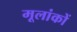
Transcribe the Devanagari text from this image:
मूलांकों